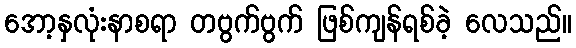
အော့နှလုံးနာစရာ တဗွက်ဗွက် ဖြစ်ကျန်ရစ်ခဲ့ လေသည်။